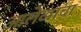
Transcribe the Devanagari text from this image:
आलेखांचा